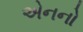
એનનો